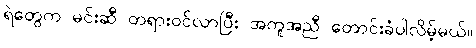
ရဲတွေက မင်းဆီ တရားဝင်လာပြီး အကူအညီ တောင်းခံပါလိမ့်မယ်။